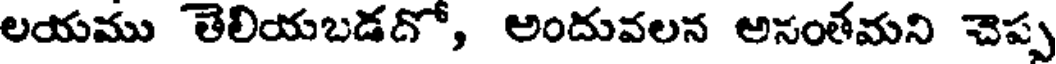
లయము తెలియబడదో, అందువలన అనంతమని చెప్ప